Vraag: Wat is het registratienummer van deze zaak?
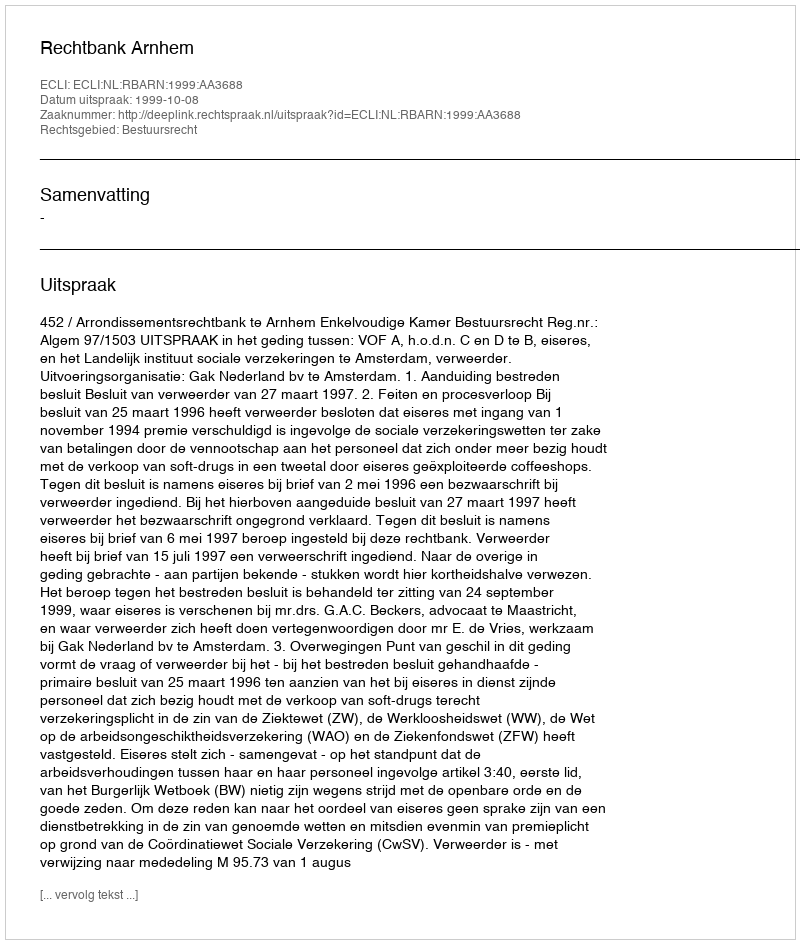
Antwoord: http://deeplink.rechtspraak.nl/uitspraak?id=ECLI:NL:RBARN:1999:AA3688